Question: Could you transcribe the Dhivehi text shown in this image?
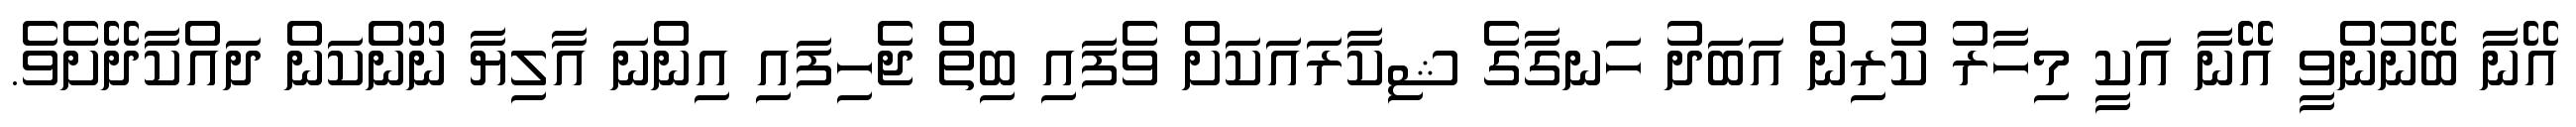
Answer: އޭނާ ބޭނުންވީ އޭނާ އަކީ މިހާރު ކުރިން އަބަދު ހަނގާގެ ޝިކާރައަކަށް ވެފައި ބިތް ޖެހިފައި އިންނަ އާލިޔާ ނޫންކަން ދައްކާދޭށެވެ.